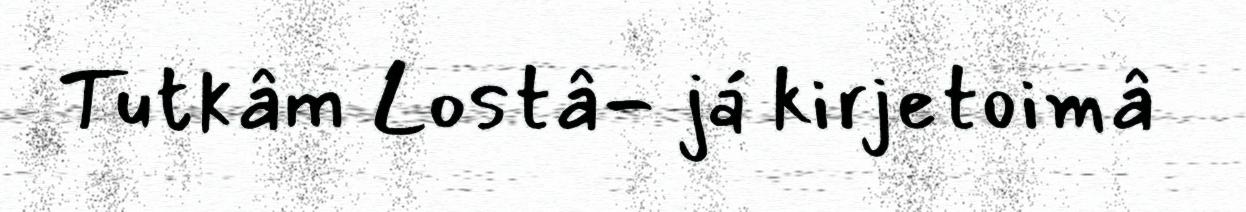
Tutkâm Lostâ- já kirjetoimâ